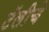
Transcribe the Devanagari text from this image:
टॅलीचे